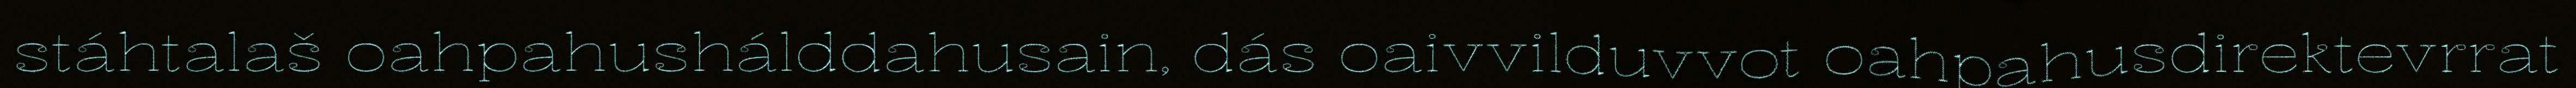
stáhtalaš oahpahushálddahusain, dás oaivvilduvvot oahpahusdirektevrrat